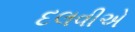
દલવીએ